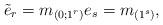
LaTeX: \begin{gather*}\tilde{e}_r=m_{(0;1^r)}e_s=m_{(1^s)},\end{gather*}